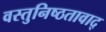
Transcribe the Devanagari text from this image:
वस्तुनिष्ठतावाद्